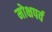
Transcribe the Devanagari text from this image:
मोक्षपर्व